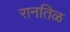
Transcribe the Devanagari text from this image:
रानतिळ